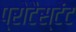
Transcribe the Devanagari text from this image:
प्रोटैस्टेंट